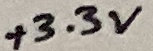
Text: +3.3V